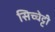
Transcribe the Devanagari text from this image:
सिच्चेट्टी